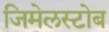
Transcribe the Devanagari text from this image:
जिमेलस्टोब